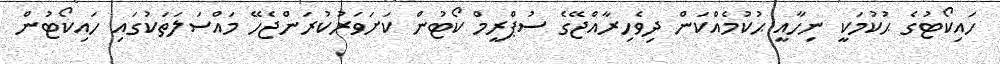
ހައިކޯޓުގެ ޙުކުމަކީ ނިހާއީ ޙުކުމެއްކަން ދިވެހިރާއްޖޭގެ ސުޕްރީމް ކޯޓުން ކަށަވަރުކުރަންޖެހޭ މައްސަލަތަކުގައި ހައިކޯޓުން